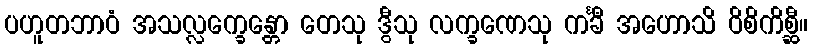
ပဟူတဘာဝံ အသလ္လက္ခေန္တော တေသု ဒွီသု လက္ခဏေသု ကင်္ခီ အဟောသိ ဝိစိကိစ္ဆီ။